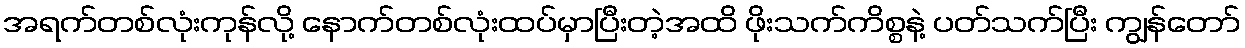
အရက်တစ်လုံးကုန်လို့ နောက်တစ်လုံးထပ်မှာပြီးတဲ့အထိ ဖိုးသက်ကိစ္စနဲ့ ပတ်သက်ပြီး ကျွန်တော်